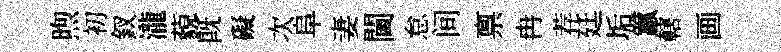
煦初釵瀧藐旣礙次阜妻閫怠间禀冉荐廷垢籯轄画